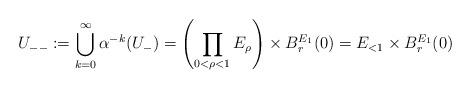
LaTeX: \begin{align*}U_{--}:=\bigcup_{k=0}^\infty\alpha^{-k}(U_-)=\left(\prod_{0<\rho<1}E_\rho\right)\times B^{E_1}_r(0)=E_{<1}\times B^{E_1}_r(0)\end{align*}